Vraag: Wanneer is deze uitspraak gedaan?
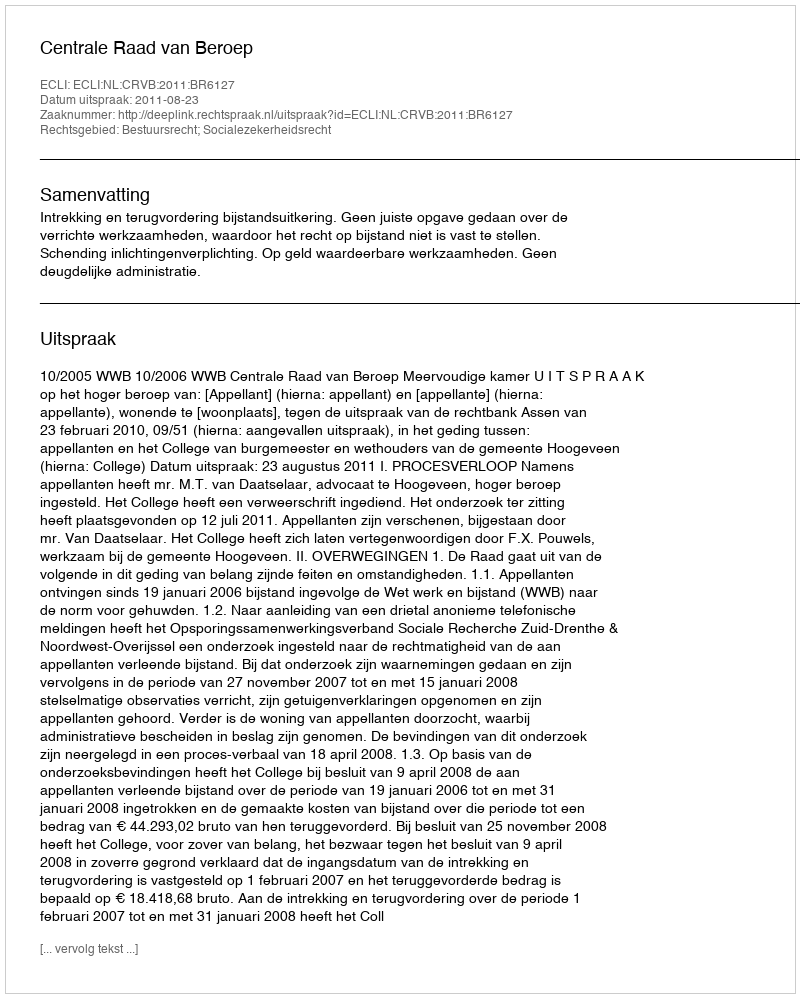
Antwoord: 2011-08-23